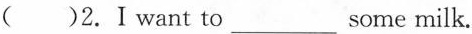
（）2.I want to___some milk.